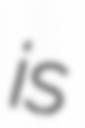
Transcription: is